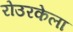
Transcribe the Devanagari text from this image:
रोउरकेला